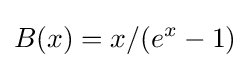
B(x)=x/(e^{x}-1)